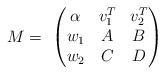
LaTeX: \begin{align*}M = \ \left( \begin{matrix} \alpha & v_1^T & v_2^T \\w_1 & A & B \\w_2 & C & D \end{matrix} \right) \end{align*}